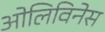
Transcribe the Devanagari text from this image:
ओलिविनेस